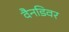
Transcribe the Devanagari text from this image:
वैनडिवर